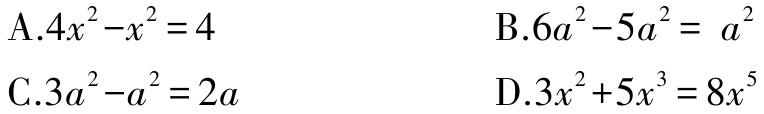
A.$4x^{2}-x^{2}=4$

B.$6a^{2}-5a^{2}= a^{2}$

C.$3a^{2}-a^{2}=2a$

D.$3x^{2}+5x^{3}=8x^{5}$